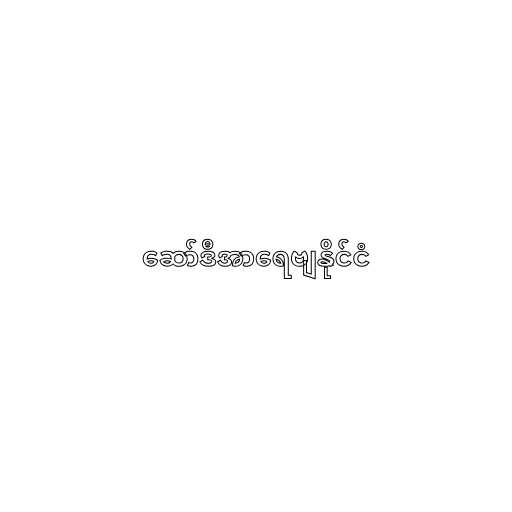
ဆော်ဒီအာရေဗျနိုင်ငံ